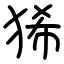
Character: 狶